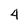
Character: 4